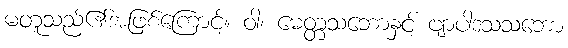
မတူသည်၏အဖြစ်ကြောင့်။ ဝါ၊ မေတ္တသဘောနှင့် ဗျာပါဒသသဘော